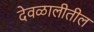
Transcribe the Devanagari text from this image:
देवळालीतील